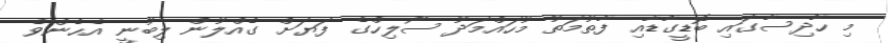
މި ހާދިސާގައި ބޮޑީގާޑާއި ފާތުމަތު މުހައްމަދު ސޯލިހްގެ ފަޔަށް ގެއްލުން ލިބުނީ އެހެންވެ